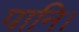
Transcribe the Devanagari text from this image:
पानि।